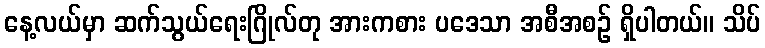
နေ့လယ်မှာ ဆက်သွယ်ရေးဂြိုလ်တု အားကစား ပဒေသာ အစီအစဉ် ရှိပါတယ်။ သိပ်